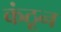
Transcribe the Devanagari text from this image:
कंठून